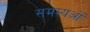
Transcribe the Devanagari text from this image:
समस्यओं